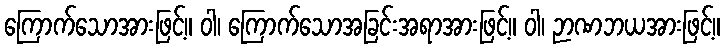
ကြောက်သောအားဖြင့်။ ဝါ၊ ကြောက်သောအခြင်းအရာအားဖြင့်။ ဝါ၊ ဉာဏဘယအားဖြင့်။